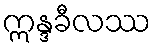
ဣန္ဒခီလဿ